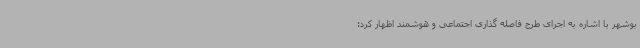
بوشهر با اشاره به اجرای طرح فاصله گذاری اجتماعی و هوشمند اظهار کرد: